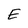
Character: E